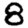
Digit: 8